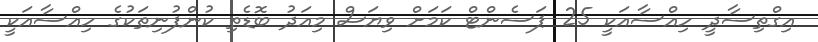
އިގްތިސާދީ ހިއްސާއަކީ 25 ޕަސެންޓް ކަމަށް ވިޔަސް މިއަދު ބޮޑެތި ކުންފުނިތަކުގެ ހިއްސާއަކީ